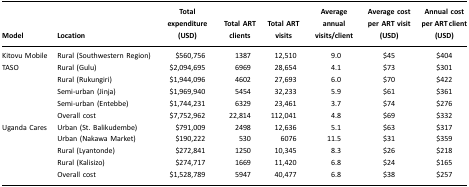
| Model | Location | Total expenditure (USD) | Total ART clients | Total ART visits | Average annual visits/client | Average cost per ART visit (USD) | Annual cost per ART client (USD) |
 | --- | --- | --- | --- | --- | --- | --- | --- |
 | Kitovu Mobile | Rural (Southwestern Region) | $560,756 | 1387 | 12,510 | 9.0 | $45 | $404 |
 | TASO | Rural (Gulu) | $2,094,695 | 6969 | 28,654 | 4.1 | $73 | $301 |
 |  | Rural (Rukungiri) | $1,944,096 | 4602 | 27,693 | 6.0 | $70 | $422 |
 |  | Semi-urban (Jinja) | $1,969,940 | 5454 | 32,233 | 5.9 | $61 | $361 |
 |  | Semi-urban (Entebbe) | $1,744,231 | 6329 | 23,461 | 3.7 | $74 | $276 |
 |  | Overall cost | $7,752,962 | 22,814 | 112,041 | 4.8 | $69 | $332 |
 | Uganda Cares | Urban (St. Balikudembe) | $791,009 | 2498 | 12,636 | 5.1 | $63 | $317 |
 |  | Urban (Nakawa Market) | $190,222 | 530 | 6076 | 11.5 | $31 | $359 |
 |  | Rural (Lyantonde) | $272,841 | 1250 | 10,345 | 8.3 | $26 | $218 |
 |  | Rural (Kalisizo) | $274,717 | 1669 | 11,420 | 6.8 | $24 | $165 |
 |  | Overall cost | $1,528,789 | 5947 | 40,477 | 6.8 | $38 | $257 |